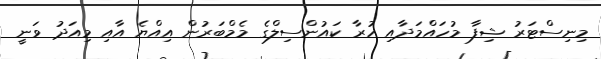
މިނިސްޓަރު ޝިފާ މުހައްމަދާއި ހުރާ ކައުންސިލްގެ މެމްބަރުން އިއްޔެ އާއި މިއަދު ވަނީ